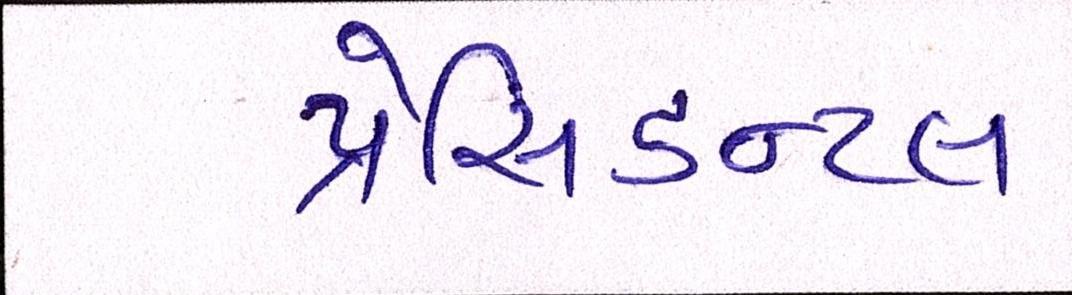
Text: પ્રેસિડન્ટલ